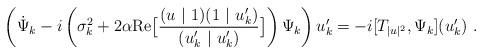
LaTeX: \begin{align*}\left (\dot \Psi_k-i\left(\sigma_k^2+2\alpha \mathrm{Re}\big[\frac{(u\ |\ 1)(1\ |\ u'_k)}{(u'_k\ |\ u'_k)}\big]\right)\Psi_k \right )u'_k=-i[T_{|u|^2},\Psi_k](u'_k)\ .\end{align*}